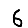
Digit: 6